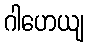
ဂါဟေယျ